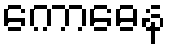
ကောဓေန